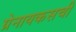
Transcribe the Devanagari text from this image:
ग्रेनायकसची